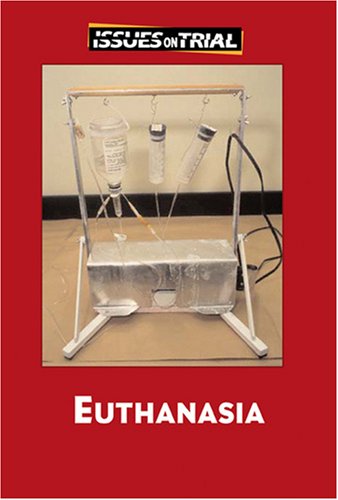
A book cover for Euthanasia (Issues on Trial); Mitchell Young; Teen & Young Adult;